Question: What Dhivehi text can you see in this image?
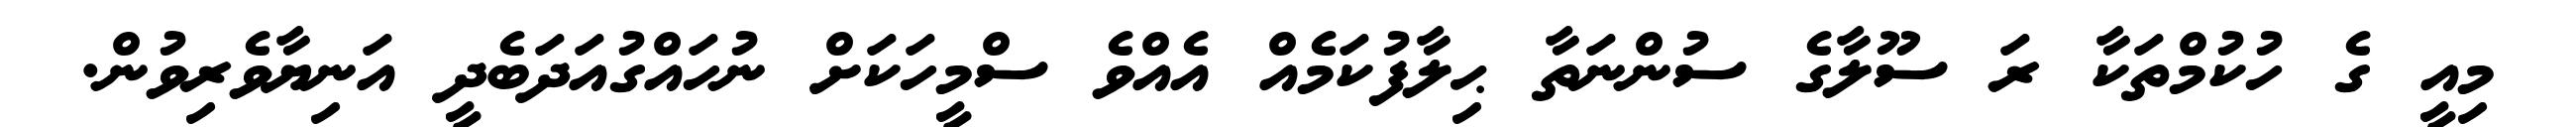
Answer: މިއީ ގެ ހުކުމްތަކާ ރަ ސޫލާގެ ސުންނަތާ ޙިލާފުކަމެއް އެއްވެ ސްމީހަކަށް ނުހައްގުއަދަބެދީ އަނިޔާވެރިވުން.